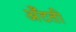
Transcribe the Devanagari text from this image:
अँटती